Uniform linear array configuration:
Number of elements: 64
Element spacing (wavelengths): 0.5
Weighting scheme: exponential
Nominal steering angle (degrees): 30
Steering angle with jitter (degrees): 30.847
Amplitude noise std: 0.05
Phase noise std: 0.05

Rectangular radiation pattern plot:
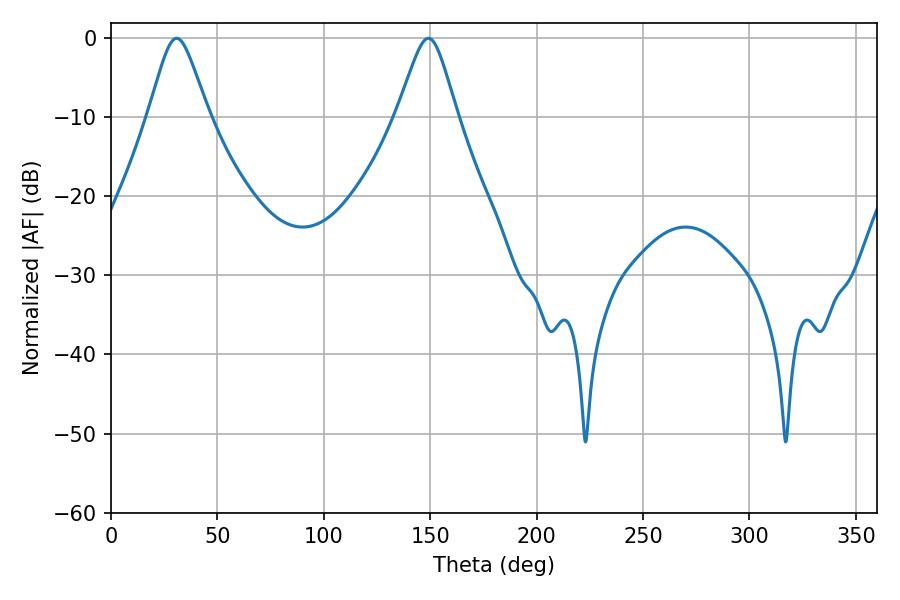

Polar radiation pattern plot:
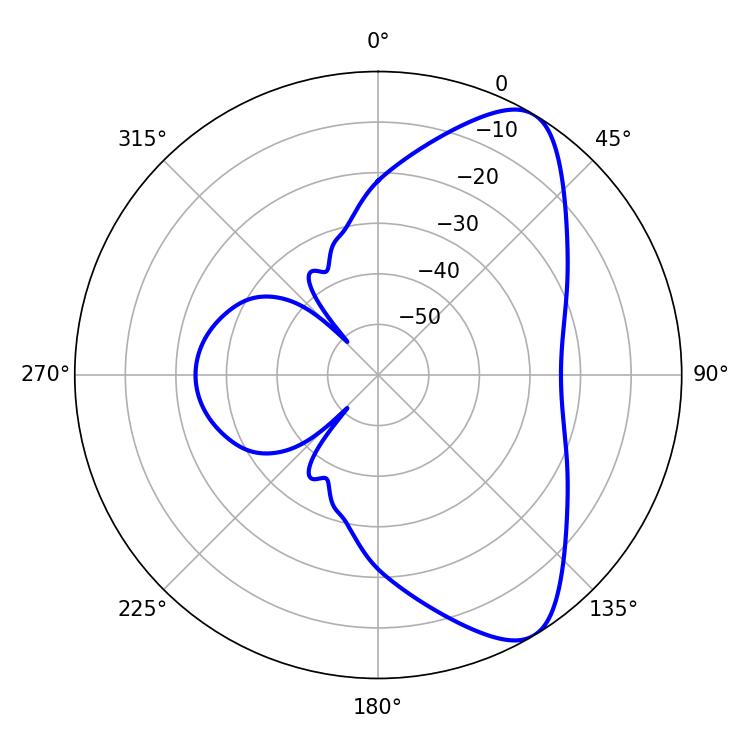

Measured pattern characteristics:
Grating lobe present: FALSE
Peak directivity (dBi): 8.218
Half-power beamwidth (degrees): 13.5
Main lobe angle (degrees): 30.78